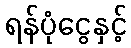
ရန်ပုံငွေနှင့်